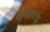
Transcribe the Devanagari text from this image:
कुबलाइ